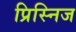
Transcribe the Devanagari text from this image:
प्रिस्निज